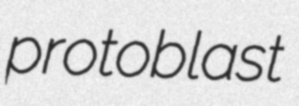
protoblast